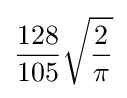
{\frac {128}{105}}{\sqrt {\frac {2}{\pi }}}